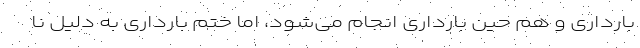
بارداری و هم حین بارداری انجام می‌شود، اما ختم بارداری به دلیل نا